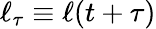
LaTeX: \ell_{\tau}\equiv\ell(t+\tau)